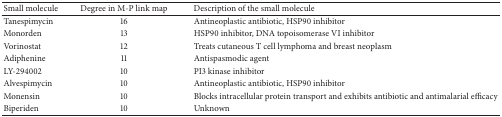
| Small molecule | Degree in M-P link map | Description of the small molecule |
 | --- | --- | --- |
 | Tanespimycin | 16 | Antineoplastic antibiotic, HSP90 inhibitor |
 | Monorden | 13 | HSP90 inhibitor, DNA topoisomerase VI inhibitor |
 | Vorinostat | 12 | Treats cutaneous T cell lymphoma and breast neoplasm |
 | Adiphenine | 11 | Antispasmodic agent |
 | LY-294002 | 10 | PI3 kinase inhibitor |
 | Alvespimycin | 10 | Antineoplastic antibiotic, HSP90 inhibitor |
 | Monensin | 10 | Blocks intracellular protein transport and exhibits antibiotic and antimalarial efficacy |
 | Biperiden | 10 | Unknown |